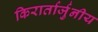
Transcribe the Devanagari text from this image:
किरार्तार्जुनीय